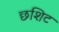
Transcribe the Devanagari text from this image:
छशिट